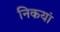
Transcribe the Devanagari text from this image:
निकयां